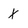
Character: X